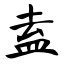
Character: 盍